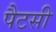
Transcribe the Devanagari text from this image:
पैटसी